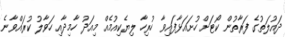
ދައުލަތުގެ ފަރާތުން ކޯޓަށް ހުށައަޅާފައިވާ ހުރިހާ ލިޔެކިއުމެއް މިއަދު ހާމިދާއި ހަވާލު ކުރައްވާނެ